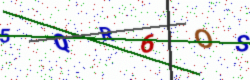
Text: 5QR6OS